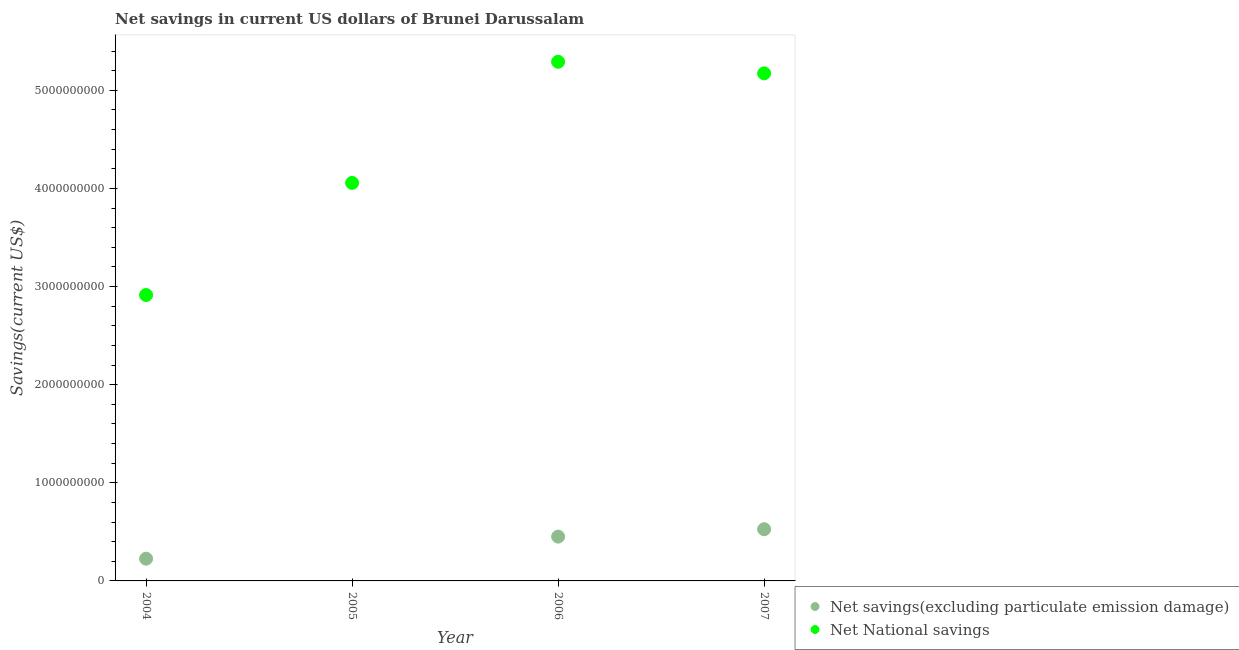
| Year | Net savings(excluding particulate emission damage) | Net National savings |
 | --- | --- | --- |
 | 2004 | 2.27e+08 | 2.91e+09 |
 | 2005 | -1.9e+08 | 4.06e+09 |
 | 2006 | 4.51e+08 | 5.29e+09 |
 | 2007 | 5.27e+08 | 5.17e+09 |